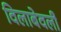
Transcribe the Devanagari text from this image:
विलाबेवर्ली